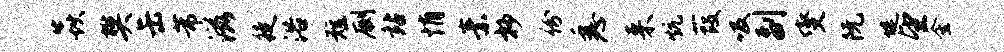
焱樊缶芾滋徒浴短劂站悄素抄份悉来炕葭吸副燮阮堤望金